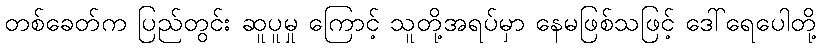
တစ်ခေတ်က ပြည်တွင်း ဆူပူမှု ကြောင့် သူတို့အရပ်မှာ နေမဖြစ်သဖြင့် ဒေါ်ရေပေါတို့